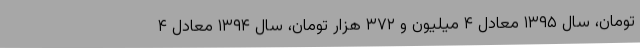
تومان، سال ۱۳۹۵ معادل ۴ میلیون و ۳۷۲ هزار تومان، سال ۱۳۹۴ معادل ۴